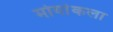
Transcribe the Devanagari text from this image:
मोर्याकला